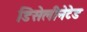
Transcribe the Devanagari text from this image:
डिसेलीनेटेड